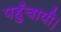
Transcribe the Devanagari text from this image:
पहुँचायी।